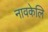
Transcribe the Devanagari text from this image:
नावकेलि